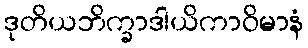
ဒုတိယဘိက္ခာဒါယိကာဝိမာနံ